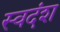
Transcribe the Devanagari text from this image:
स्वदंश